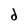
Character: d